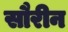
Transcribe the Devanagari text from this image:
सौरीन